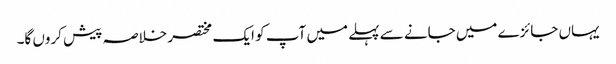
یہاں جائزے میں جانے سے پہلے میں آپ کو ایک مختصر خلاصہ پیش کروں گا۔